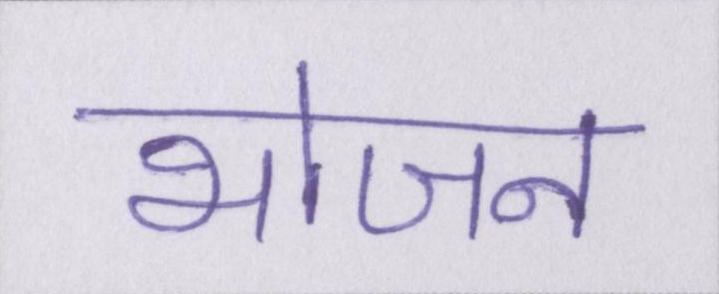
भोजन